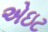
એઇટ